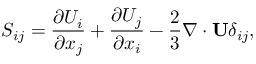
{ \cal { S } } _ { i j } = \frac { \partial U _ { i } } { \partial x _ { j } } + \frac { \partial U _ { j } } { \partial x _ { i } } - \frac { 2 } { 3 } \nabla \cdot { \bf { U } } \delta _ { i j } ,